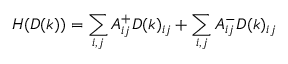
H ( D ( k ) ) = \sum _ { i , j } A _ { i j } ^ { + } D ( k ) _ { i j } + \sum _ { i , j } A _ { i j } ^ { - } D ( k ) _ { i j }